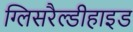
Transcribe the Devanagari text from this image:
ग्लिसरैल्डीहाइड